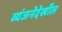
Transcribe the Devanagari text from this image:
व्यंजनेदेखील